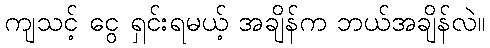
ကျသင့် ငွေ ရှင်းရမယ့် အချိန်က ဘယ်အချိန်လဲ။